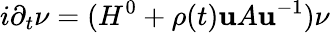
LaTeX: i\partial_{t}\nu=(H^{0}+\rho(t)\mathbf{u}A\mathbf{u}^{-1})\nu